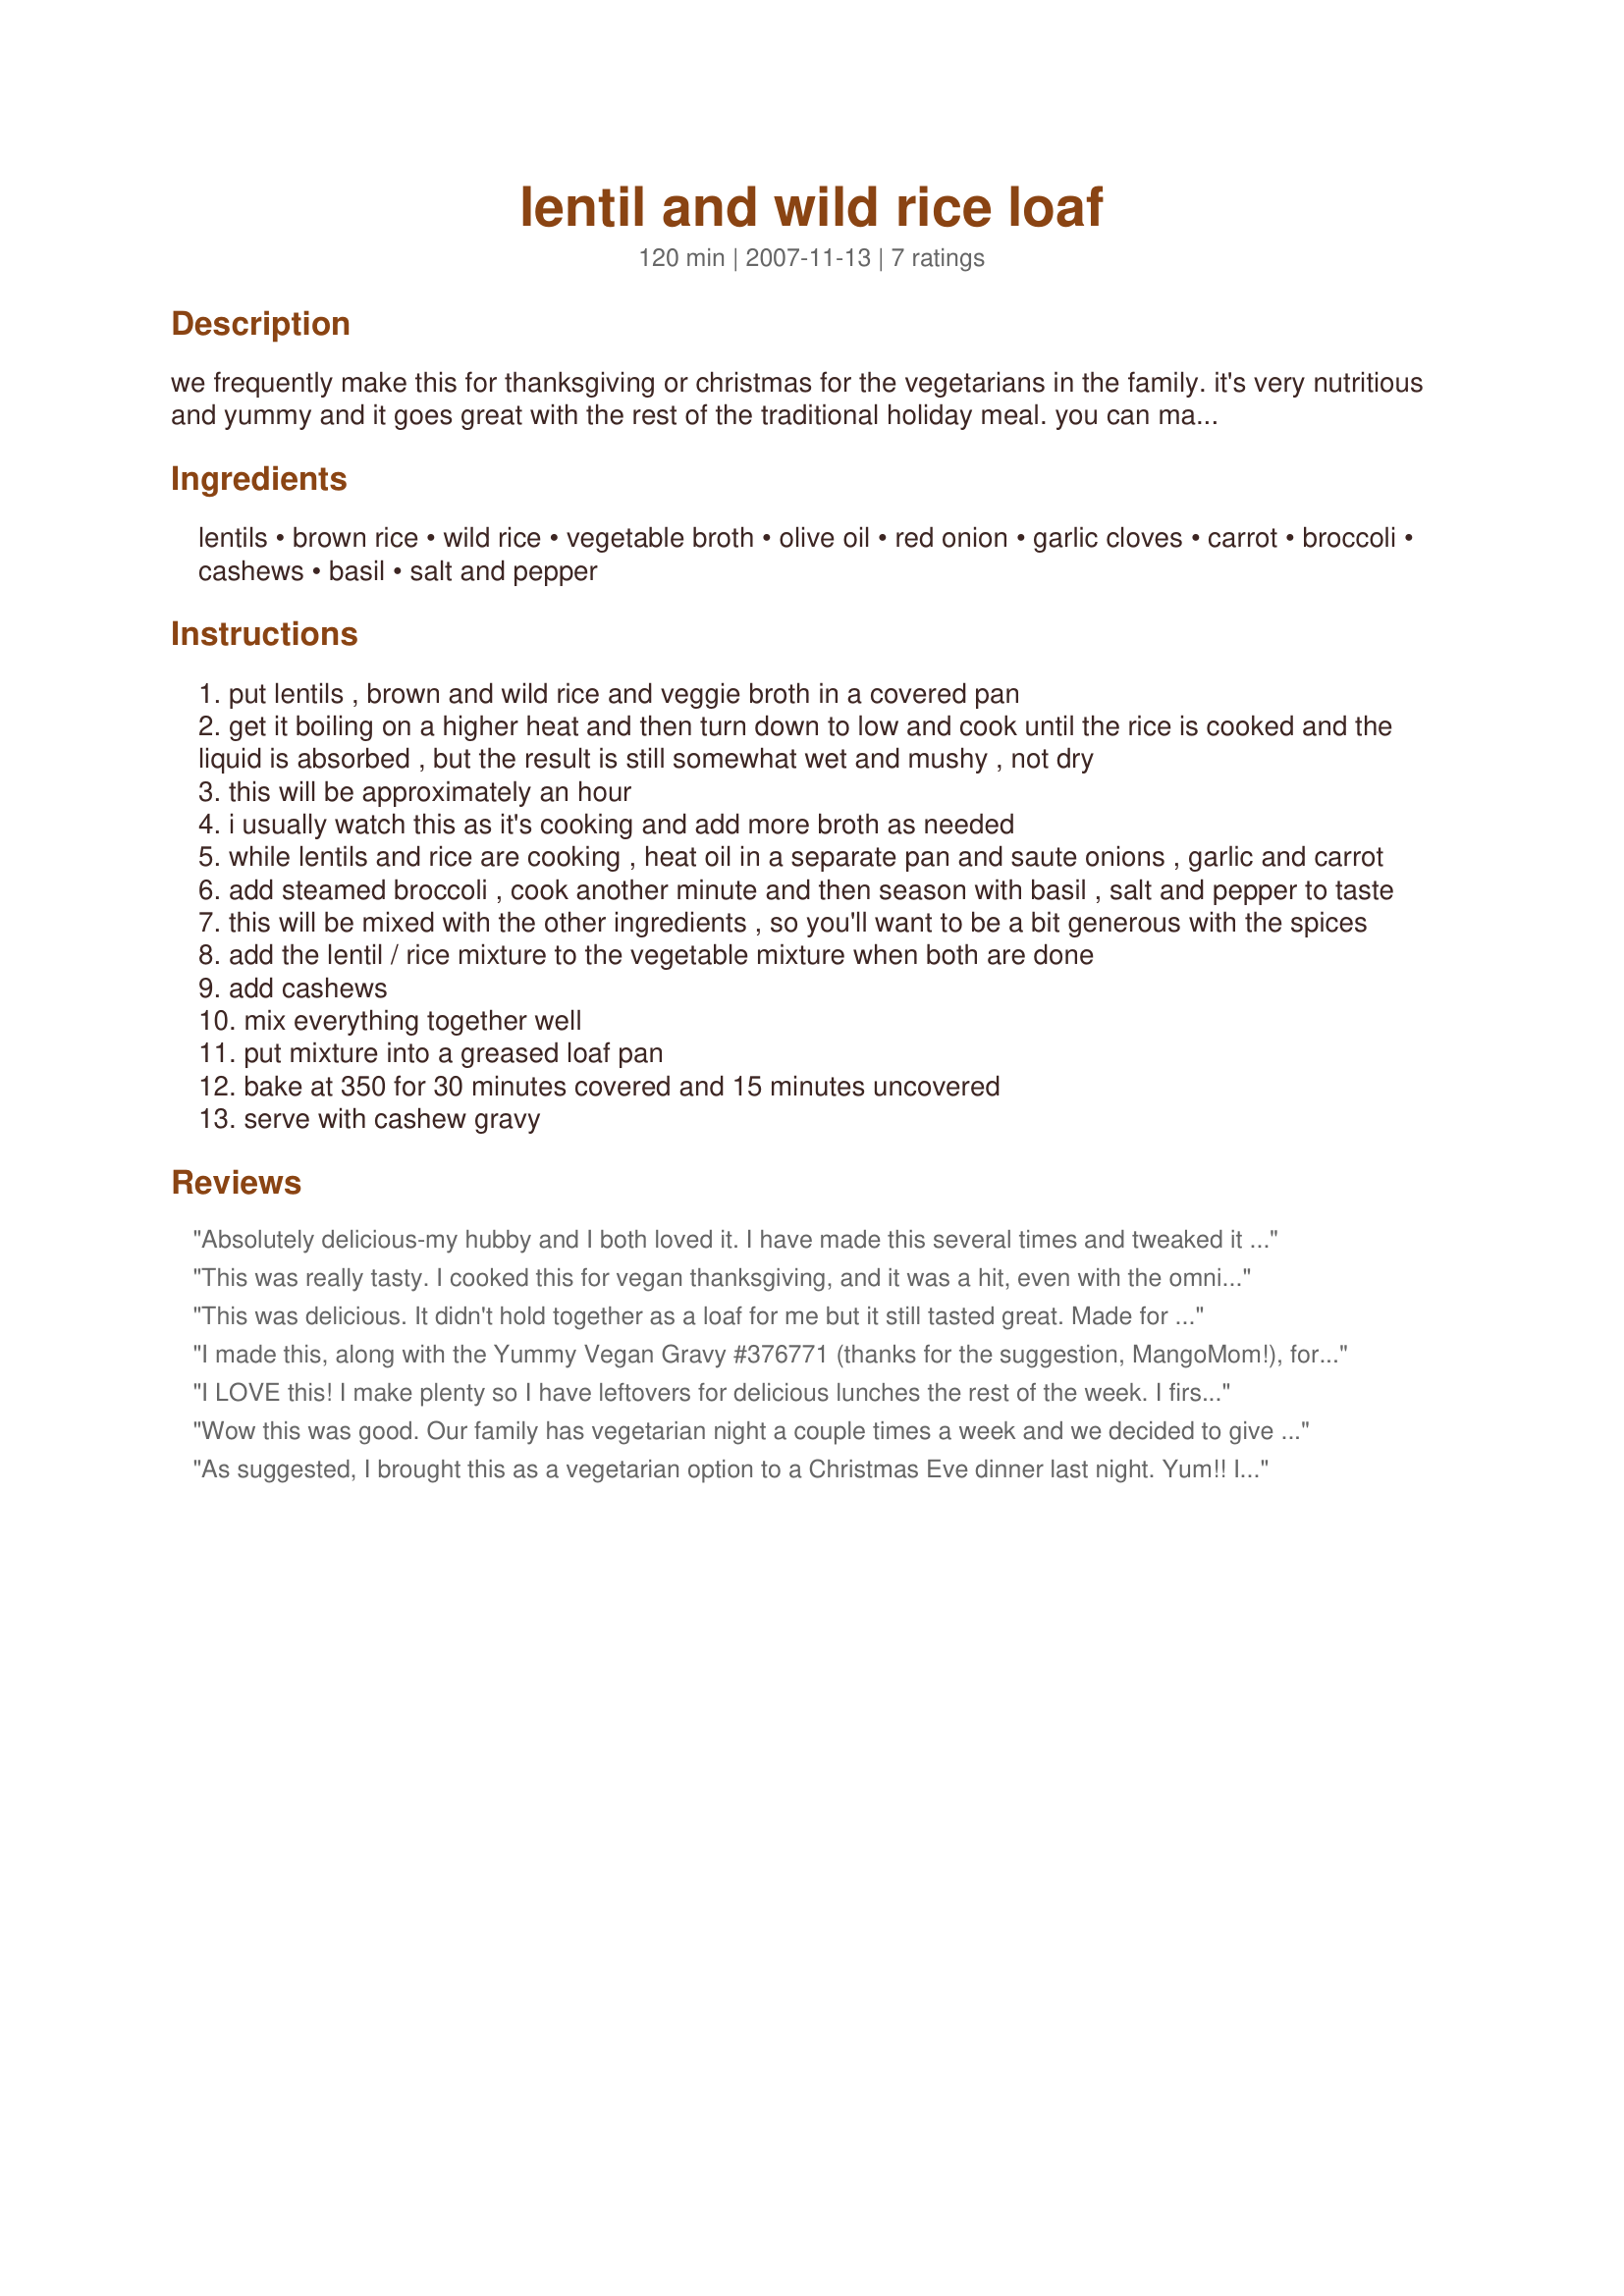
lentil and wild rice loaf
Preparation time: 120 minutes

we frequently make this for thanksgiving or christmas for the vegetarians in the family. it's very nutritious and yummy and it goes great with the rest of the traditional holiday meal. you can make it ahead of time and then just pop it in the oven to heat up before the meal. always serve it with the cashew gravy recipe i'm about to post separately. i'm not sure of where this recipe originated, but i got it from my sister years ago. i apologize for the some of the amount guestimates on the broth and spices as it's been a while since i've made it and we never had a real recipe, it's just scribbled on a piece of paper.

Ingredients:
lentils, brown rice, wild rice, vegetable broth, olive oil, red onion, garlic cloves, carrot, broccoli, cashews, basil, salt and pepper

Steps:
put lentils , brown and wild rice and veggie broth in a covered pan
get it boiling on a higher heat and then turn down to low and cook until the rice is cooked and the liquid is absorbed , but the result is still somewhat wet and mushy , not dry
this will be approximately an hour
i usually watch this as it's cooking and add more broth as needed
while lentils and rice are cooking , heat oil in a separate pan and saute onions , garlic and carrot
add steamed broccoli , cook another minute and then season with basil , salt and pepper to taste
this will be mixed with the other ingredients , so you'll want to be a bit generous with the spices
add the lentil / rice mixture to the vegetable mixture when both are done
add cashews
mix everything together well
put mixture into a greased loaf pan
bake at 350 for 30 minutes covered and 15 minutes uncovered
serve with cashew gravy

Reviews:
Absolutely delicious-my hubby and I both loved it. I have made this several times and tweaked it a bit this last time. I added about a cup of quick cook oats and some barbecue sauce. It was incredibly good. Thank you so very much for posting this!
This was really tasty. I cooked this for vegan thanksgiving, and it was a hit, even with the omnies. I caught some flack for it not being a "loaf" (read: the slices didn't hold together) but I stuck the leftovers in the refrigerator and got some very cohesive slices from it the next day. I'd say if you want a really good slice, let it chill and then reheat, although it is still very tasty slices or no. highly recommended.
This was delicious. It didn't hold together as a loaf for me but it still tasted great. Made for PAC Spring 12
I made this, along with the Yummy Vegan Gravy #376771 (thanks for the suggestion, MangoMom!), for my meat loving husband and he proclaimed a half a dozen times during dinner how much he liked it. What a hardy, delicious and filling mean-yum! This recipe is going into our regular dinner menu rotation.
I LOVE this! I make plenty so I have leftovers for delicious lunches the rest of the week. I first tried it with the cashew gravy that you posted, but felt the cashews overwhelmed the dish, so I now use a different recipe which I've posted (376771). Thank you for this excellent recipe!
Wow this was good. Our family has vegetarian night a couple times a week and we decided to give this a spin. It was excellant! I did not serve it with the gravy as I only had enough cashews for this recipe and besides I felt too lazy to make gravy. :) I did not have the wild rice so I just doubled the amount of brown rice. I ended up using 5 cups of broth. This did not come out to be slice-able as I would have expected with a "loaf" but maybe the 5 cups of broth was a tad too much. It still tasted great. I posted a picture. Thanks for the great recipe Sandy!
As suggested, I brought this as a vegetarian option to a Christmas Eve dinner last night. Yum!! I doubled the recipe so had to improvise on the baking dish. Thus I wasn&#039;t really looking for it hold together as a loaf. And I&#039;m currently on the Candida diet. So, for the cashew gravy, I substituted coconut flour, which I upped to 3 Tbs, and gluten-free tamari for the soy sauce. That gravy is DELICIOUS, and the recipe makes a huge amount! I will definitely freeze some to use with future dishes.
